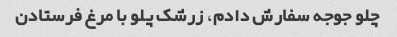
چلو جوجه سفارش دادم، زرشک پلو با مرغ فرستادن